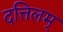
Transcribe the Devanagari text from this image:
दत्तिलम्‌